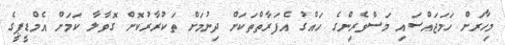
މިހާރަށް ހަމަޖައްސައި މަސްވެރިންގެ ހައްގު އެފަރާތްތަކަށް ދިނުމަށް ތަކުރާރުކޮށް ގޮވާލާ ކަމަށް އެމްޑީޕީގެ